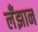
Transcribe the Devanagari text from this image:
लँझान